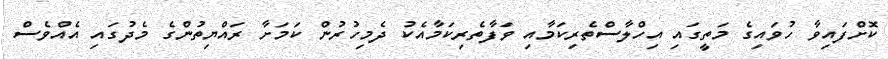
ކޮށްފައިވާ ހުވައިގެ މަތީގައި އިހްލާސްތެރިކަމާއި ވަފާތެރިކަމާއެކު ދެމިހުރުން ކަމަށާ ރައްޔިތުންގެ މެދުގައި އެއްވެސް